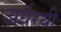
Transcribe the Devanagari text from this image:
अर्धरथी